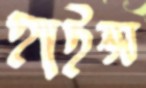
হাইন্স